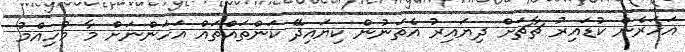
އަހަރެން ކުޑައިރު ޗާޗަށް ދިޔައިރު އެތަނުން ކިޔައިދޭ ކަންތައްތައް އަހަންނަށް މާ މުހިއްމު